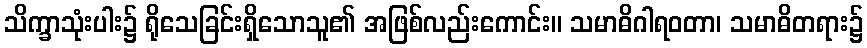
သိက္ခာသုံးပါး၌ ရိုသေခြင်းရှိသောသူ၏ အဖြစ်လည်းကောင်း။ သမာဓိဂါရဝတာ၊ သမာဓိတရား၌